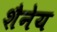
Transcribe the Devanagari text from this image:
शैनेय